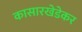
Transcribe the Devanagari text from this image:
कासारखेडेकर